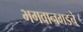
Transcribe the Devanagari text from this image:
भगवानगडचे